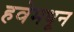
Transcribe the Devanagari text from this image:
हवेमधून